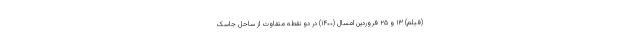
(فیلم) ۱۳ و ۲۵ فروردین امسال (۱۴۰۰) در دو نقطه متفاوت از ساحل جاسک